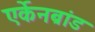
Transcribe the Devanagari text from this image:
एर्केनब्रांड